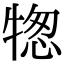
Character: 㹅